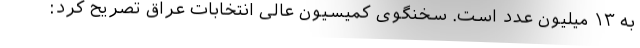
به ۱۳ میلیون عدد است. سخنگوی کمیسیون عالی انتخابات عراق تصریح کرد: